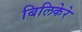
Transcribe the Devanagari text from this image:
बिलिकेरे